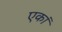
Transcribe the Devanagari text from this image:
एकां